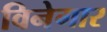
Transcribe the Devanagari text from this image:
विनेगार